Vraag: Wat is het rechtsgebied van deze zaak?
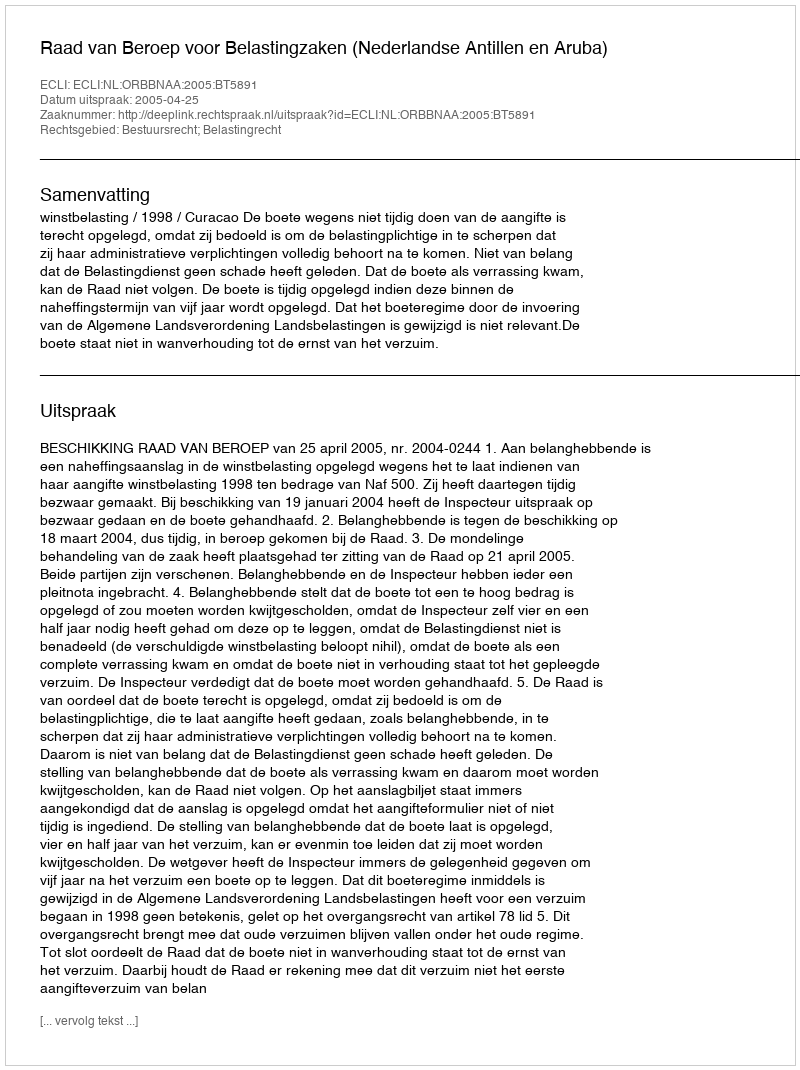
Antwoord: Bestuursrecht; Belastingrecht